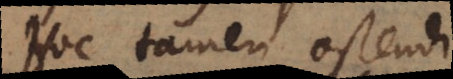
Hoc tamen ostendi